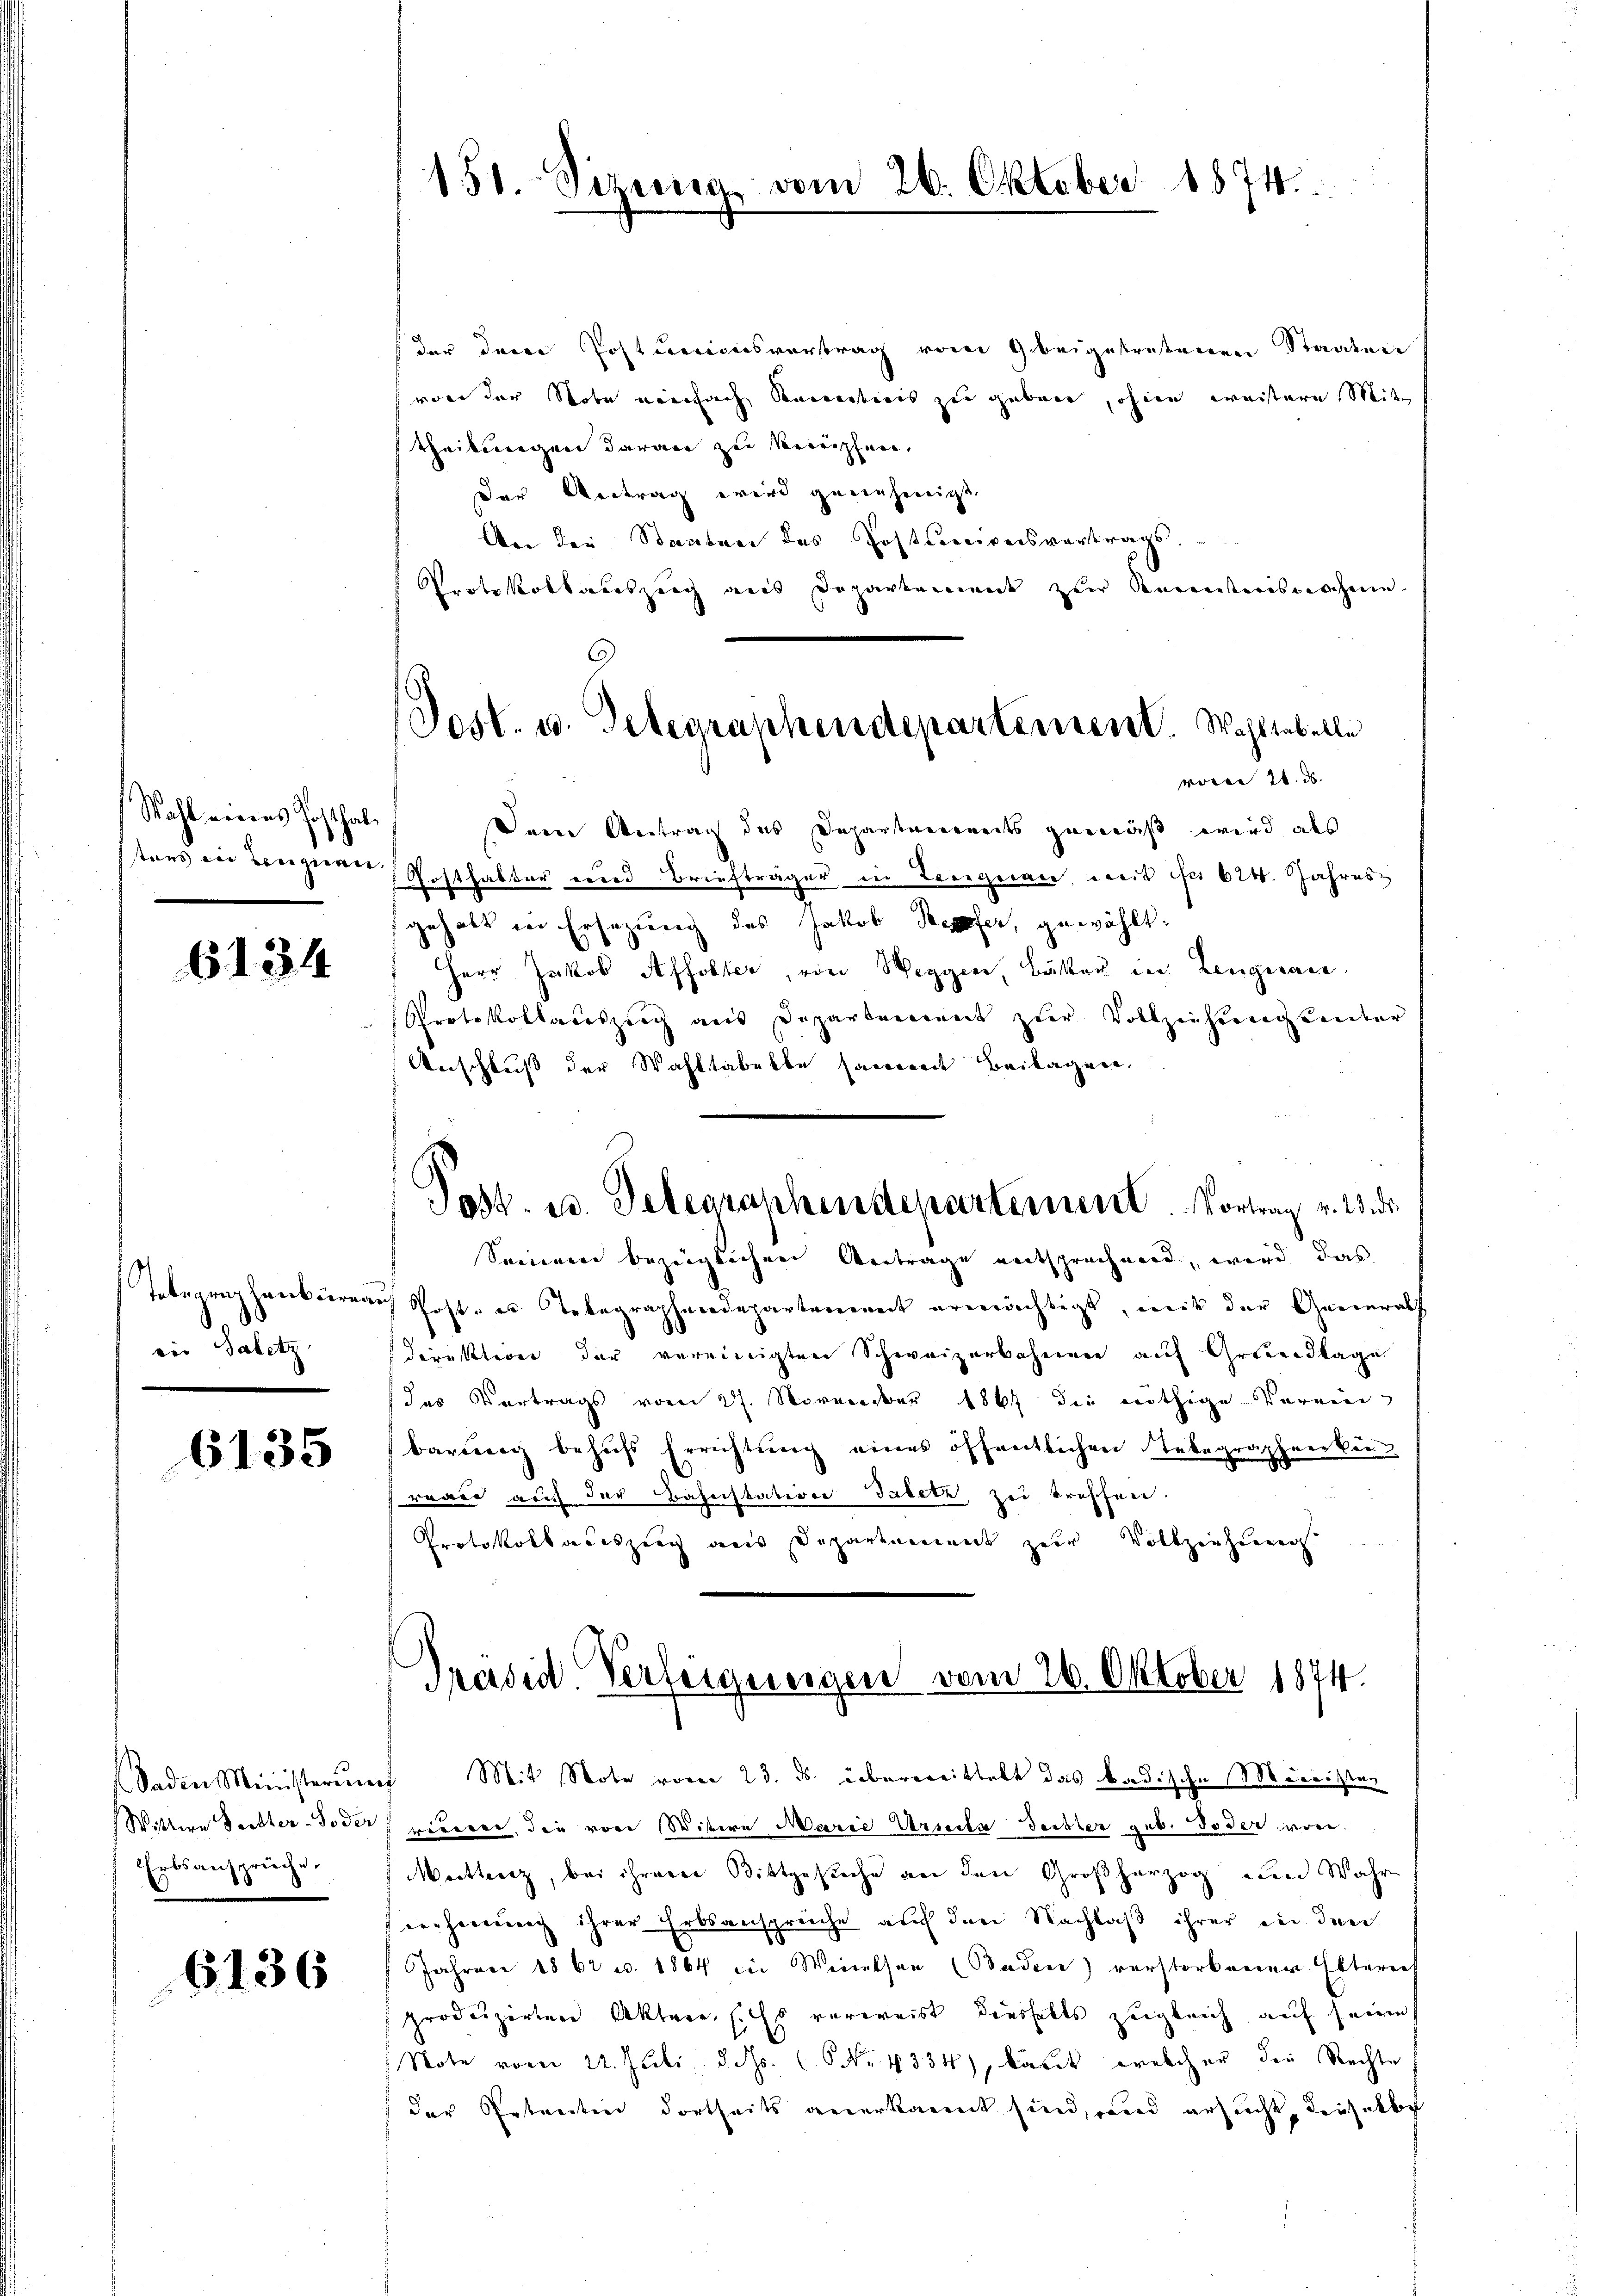
Wahl eines Posthal
tens ein Leugnen.

6134

Telegraphenburea
ein Saletz

6135

Erbsansprüche.

6136

151. Sizung vom 26. Oktober 1874.

Post. u. Telegraphendepartement. Wahltabelle
voren 21. ds.

der dere Post cenciersvortrag von 9 beigetretenen Staaten
von der Note neinfach Receptions zu geben, ohne weitere Mite
Theilwegen daran zu knüpfen,
Der Vertrag wird genehmigt
An der Staaten des Posttrigensvertrags,
Protokolbaueszeig aus Deparkannt zur Kenntnisnahme
Dem Antrag des Departements gemäß wird als
Posthalter wird Briefträger in Lengnau weit der 624. Jahres
gehalt in Ersezung des Jakob Kepfer, gewählt.
Herr Jakob Affolter, von Weggen, Bäker in Lengnau.
Protokollaceszeug aus Departerrannt zur Vollzieherigkeiter
Anschluß der Wahltabelbe sament Beilagen.
Post. u. Gelegraphendepartement. Vortrag v. 23. ds.
Seinem bezüglichen Antrage entsprechnend, wird das
Post- u. Telegraphendepartement ermächtigt, mit der Generals
direkterer der vereinigten Schweizerbahnen auf Grundlage
das Vertrags vom 27. November 1867 die nöthige Verein
barung behufs Errichtung eines öffentlichen Lebegraphenke
reale auch der Bahnstation Tabetz, zei treffen.
Protokollaceszeug aus Departement zur Vollziehung

Präsid. Verforgeneigen vom 26. Oktober 1874.

Saden Ministerum Mit Note vom 23. ds. übermittelt das badische Ministen
Wittwe Dechter-Foder eiterer, die von Wittwe Marie Vernita deckter geb. Toder von
Meittenz, bei ihrere Bittgesuche an den Großherzog und Wahr
ierheinung ihrer Erbsansprüche auf den Nachlaß ihrer ein der
Jahren 1862 u. 1864 in Weisen (Baden) verstorbeerer Elterief
produzirten Akten. (Es verweist dausfalls zugleich auf seine
Note vom 22. Juli d. Js. (Nr. 4334), kannt welcher die Rechte
der Petenten dortheits anerkannt sind, und ersucht, denselbe